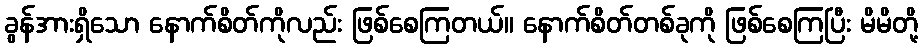
ခွန်အားရှိသော နောက်စိတ်ကိုလည်း ဖြစ်စေကြတယ်။ နောက်စိတ်တစ်ခုကို ဖြစ်စေကြပြီး မိမိတို့